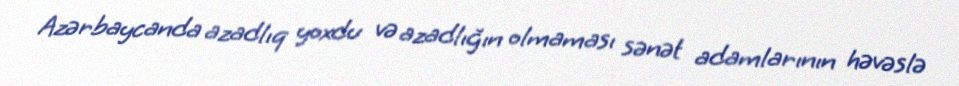
Azərbaycanda azadlıq yoxdu və azadlığın olmaması sənət adamlarının həvəslə